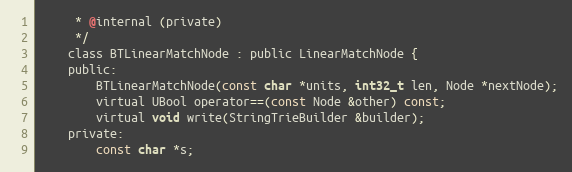
Language: C
     * @internal (private)
     */
    class BTLinearMatchNode : public LinearMatchNode {
    public:
        BTLinearMatchNode(const char *units, int32_t len, Node *nextNode);
        virtual UBool operator==(const Node &other) const;
        virtual void write(StringTrieBuilder &builder);
    private:
        const char *s;